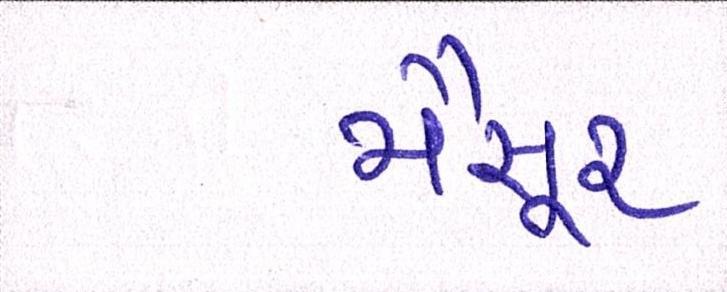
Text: મૈસૂર